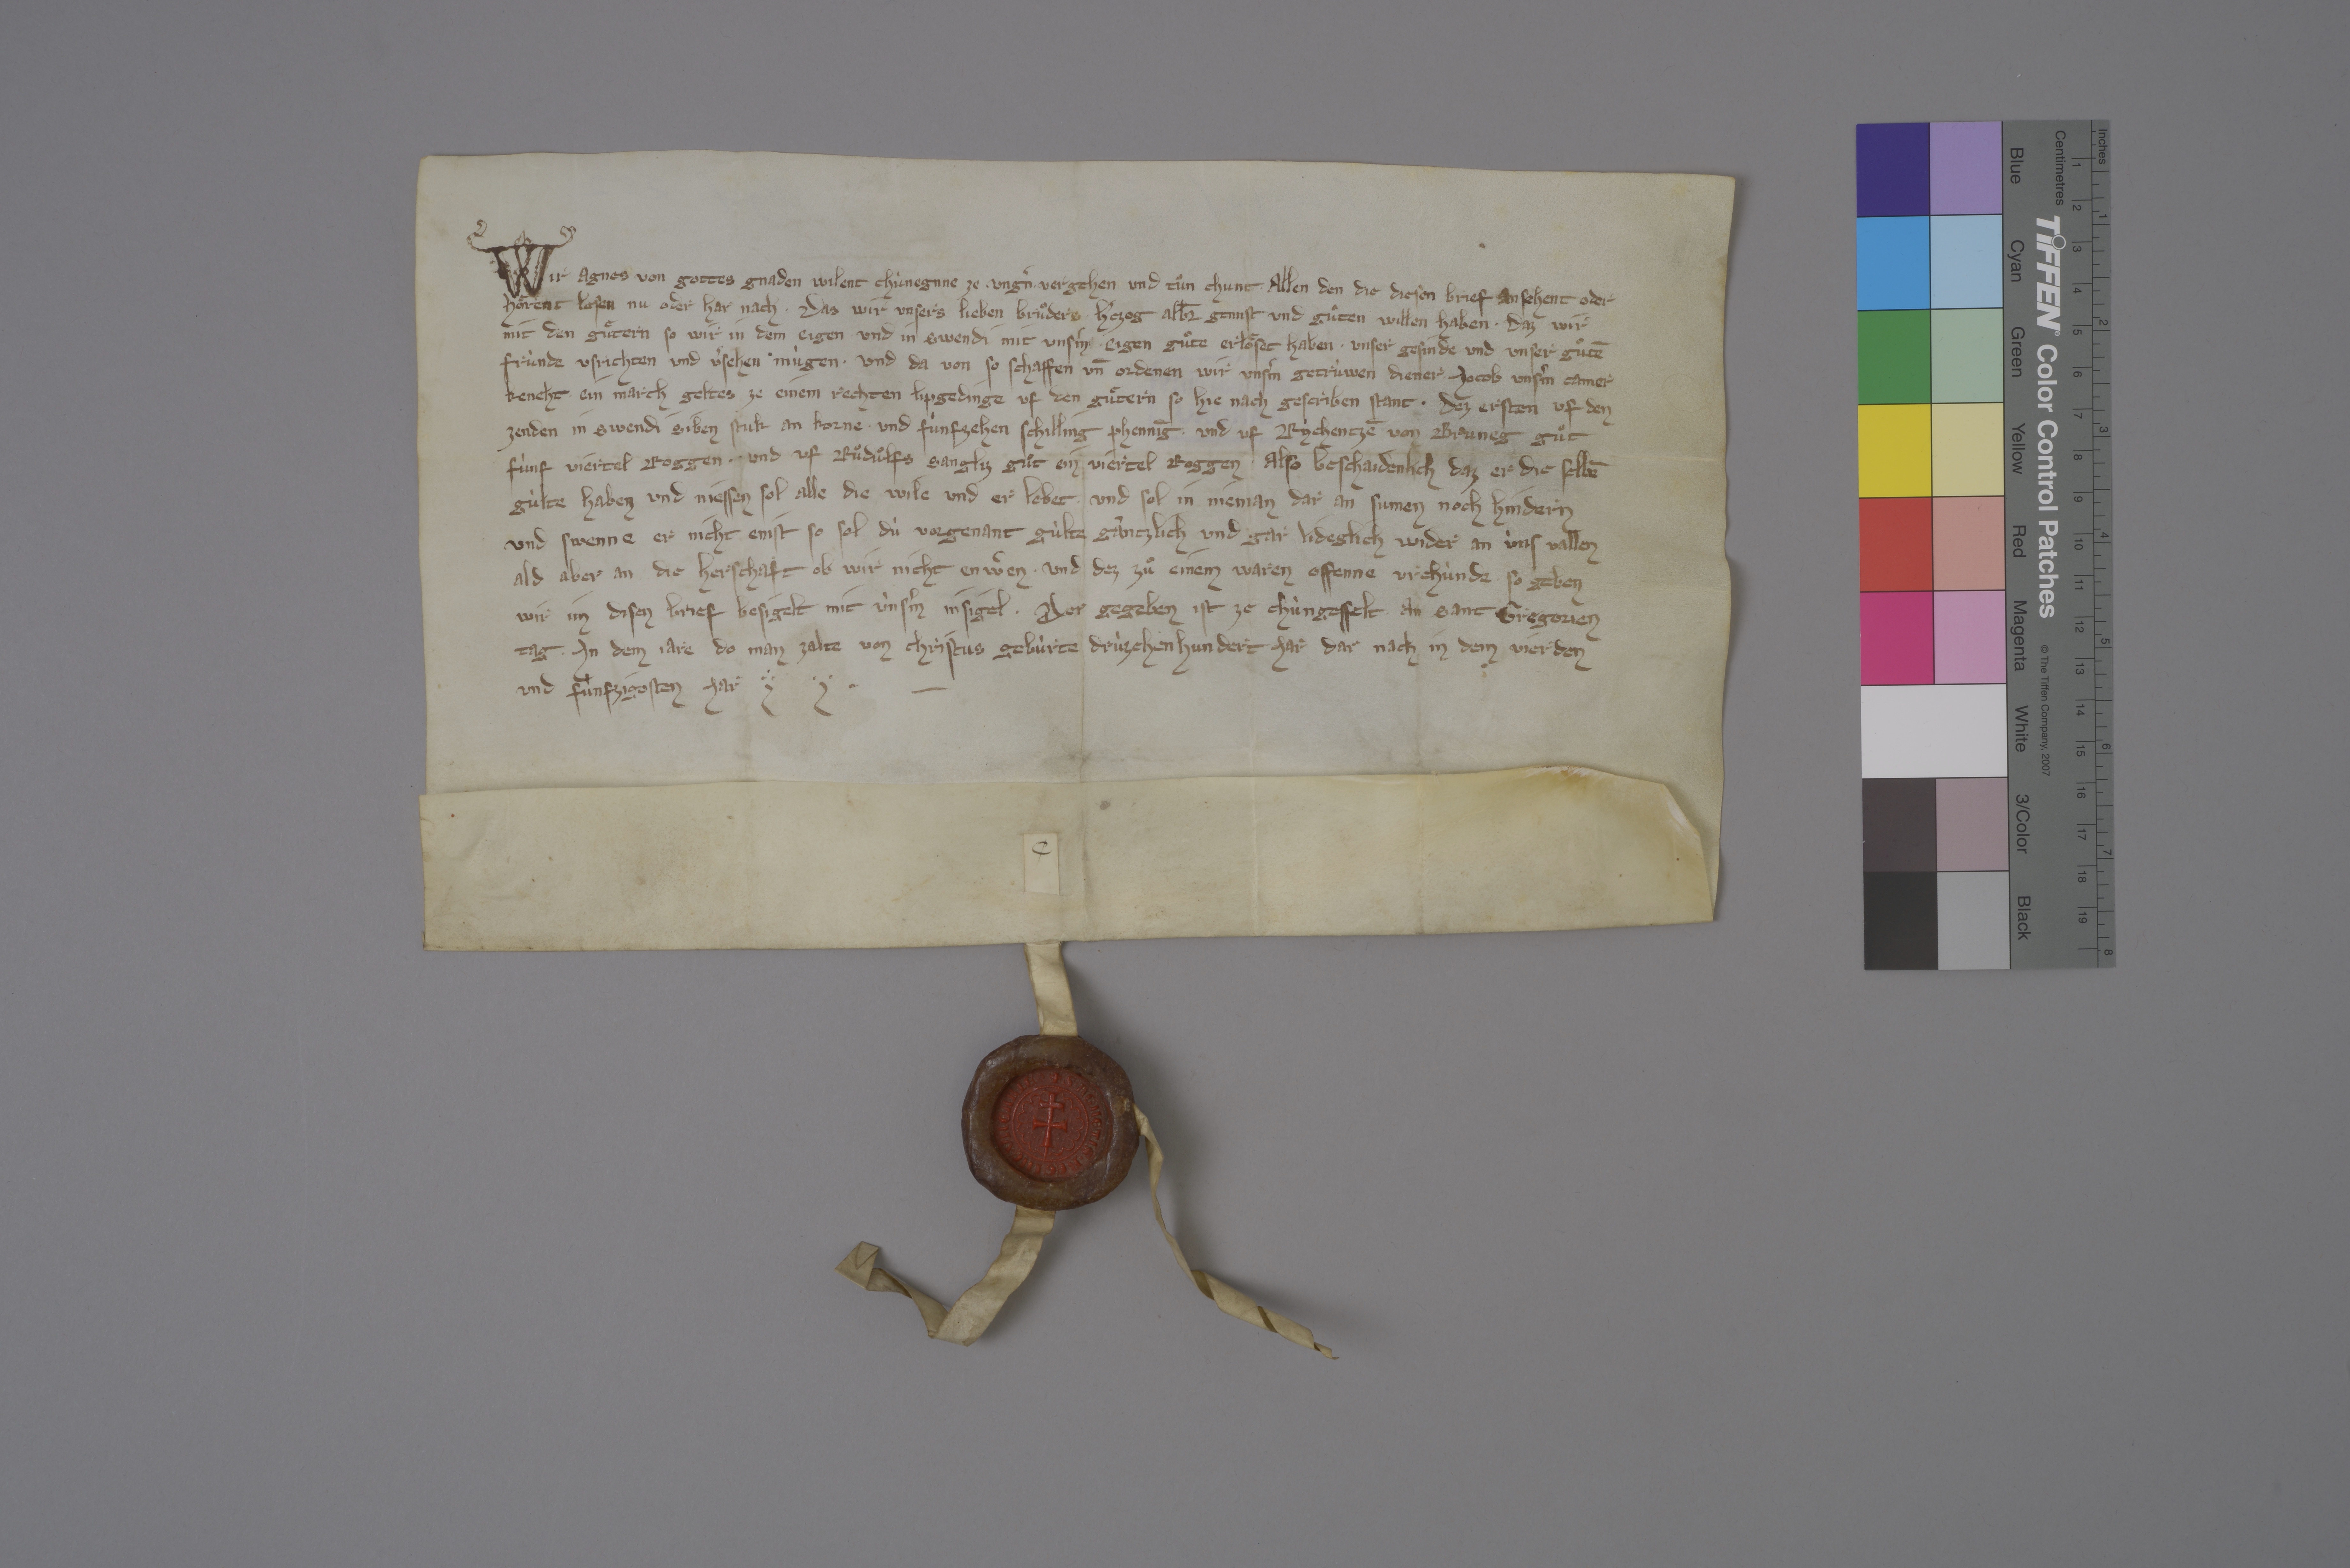
Transcription:
Wir, Agnes, von gottes gnaden wilent chùnegnne ze Ungˀn, ✳ vergehen und tuͦn chunt ✳ allen den, die diesen brief ansehent oder
hoͤrent lesen, nu oder har nach, ✳ das wir unsers lieben bruͦders hˀtzog Alb̄r gennst und guͦten willen haben, ✳ daz wir
mit den guͤtern, so wir in dem Eigen und in Swendi mit unsˀm eigen guͦte erloͤset haben, ✳ unser gesinde und unser guͦtē
frùnde usrichten und vˀsehen mùgen, ✳ und da von, so schaffen un̄ ordenen wir unsˀm getrùwen diener Jocob, unsˀm camer-
kencht, ✳ ein march geltes ze einem rechten lipgedinge uf den guͤtern, so hie nach gescriben stant: ✳ dez ersten uf den
zenden in Swendi siben stuk an korne ✳ und fùnfzehen schilling phennīg, ✳ und uf Rychentzē von Bruneg guͦt
fùnf viertel roggen, ✳ und uf Ruͦduͦlfs Sangliz guͦt ein viertel roggen, ✳ also beschaidenlich, daz er die selbē
gùlte haben und niessen sol, alle die wile und er lebet, ✳ und sol in nieman dar an sumen noch hindern.
und swenne er nicht enist, so sol dù vorgenant gùlte gàntzlich und gar lideglich wider an ùns vallen,
ald aber an die herschaft, ob wir nicht en wˀen. ✳ und dez zuͦ einem waren offenne urchùnde, so geben
wir im disen brief, besigelt mit ùnsˀm insigel, ✳ der gegeben ist ze Chùngesfelt ✳ an sant Gregorien
tag, ✳ in dem jare, do man zalte von Christus gebùrte drùzehenhundert jar, dar nach in dem vierden
und fùnfzigosten jar. ✳